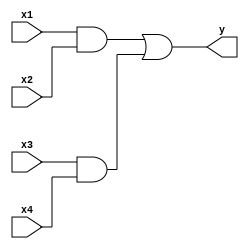
module ao22(x1, x2, x3, x4, y);
    input   x1, x2, x3, x4;
    output  y;

    assign y = (x1 & x2) | (x3 & x4);
endmodule